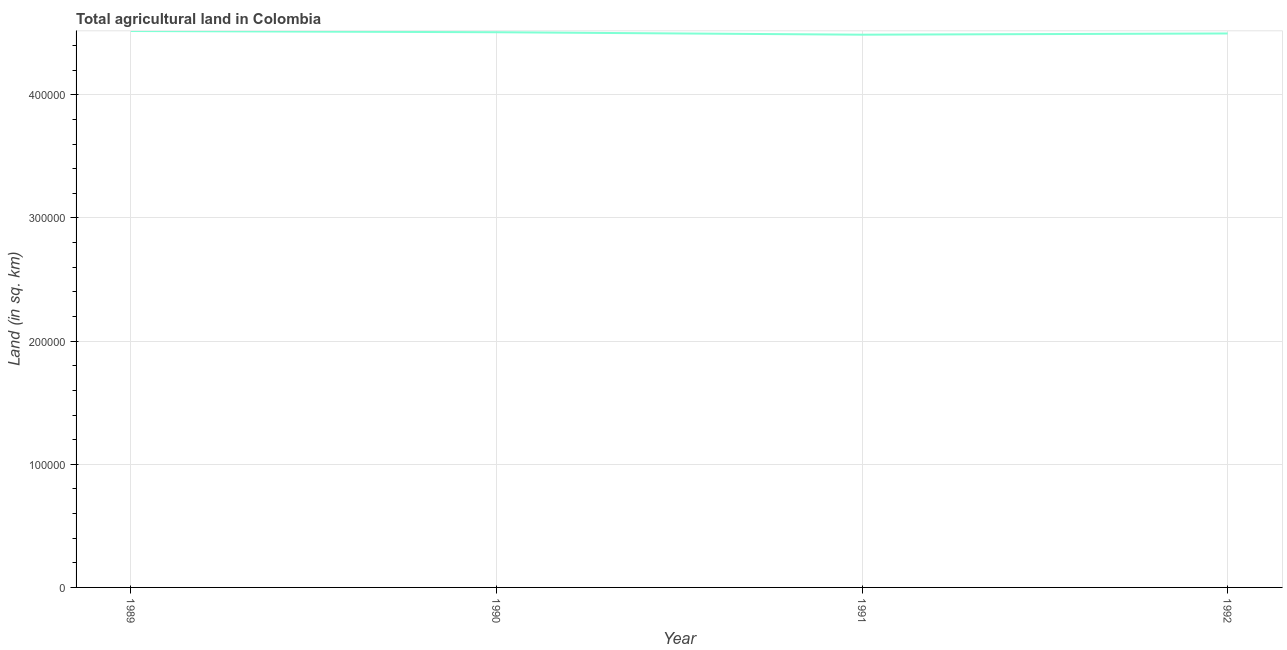
| Year | Agricultural land (sq. km) |
 | --- | --- |
 | 1989 | 4.52e+05 |
 | 1990 | 4.51e+05 |
 | 1991 | 4.49e+05 |
 | 1992 | 4.5e+05 |